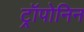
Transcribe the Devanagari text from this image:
ट्रॉपोनिन